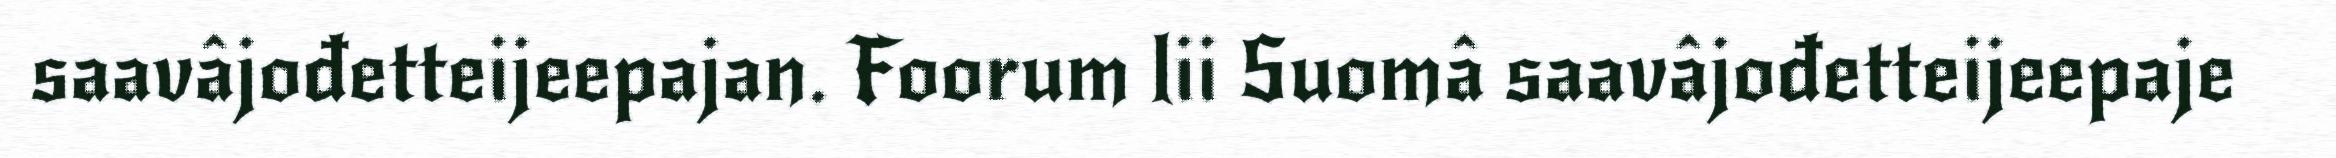
saavâjođetteijeepajan. Foorum lii Suomâ saavâjođetteijeepaje